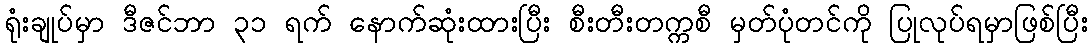
ရုံးချုပ်မှာ ဒီဇင်ဘာ ၃၁ ရက် နောက်ဆုံးထားပြီး စီးတီးတက္ကစီ မှတ်ပုံတင်ကို ပြုလုပ်ရမှာဖြစ်ပြီး